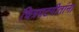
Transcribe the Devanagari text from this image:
चित्रपटगीतांना